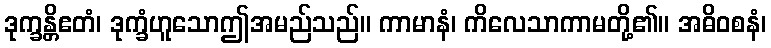
ဒုက္ခန္တိဧတံ၊ ဒုက္ခံဟူသောဤအမည်သည်။ ကာမာနံ၊ ကိလေသာကာမတို့၏။ အဓိဝစနံ၊